Civil Veterinary Department Bihar reports 1940-50 - 1940-1950
Year: 1940
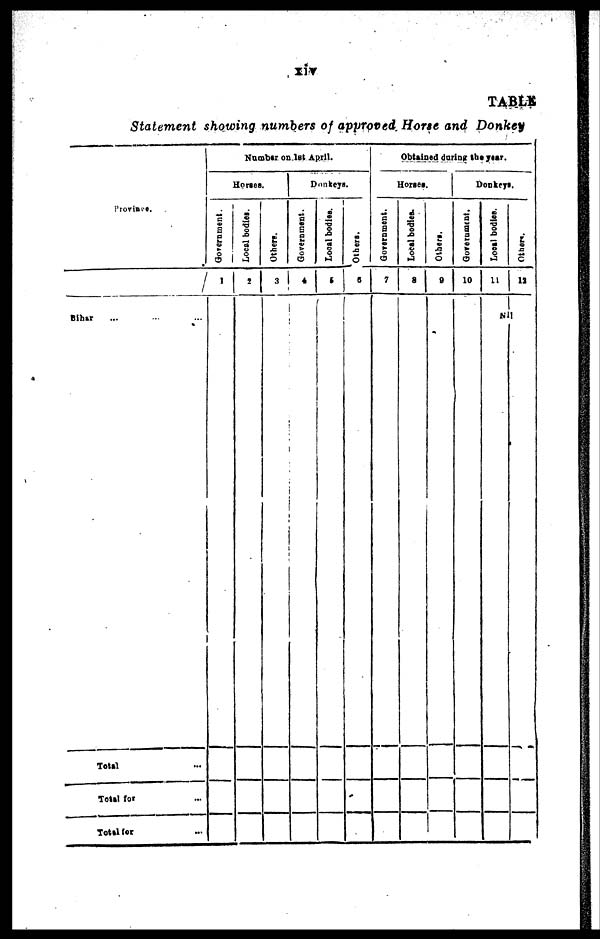
Xiv
TABLE
Statement showing numbers of approved Horse and Donkey
Province.
Bihar ... ... ...
Total
Total for ...
Total for ...
Number on 1st April.
Horses.
Government.
1
Local bodies.
2
Others.
3
Donkeys.
Government.
4
Local bodies.
5
Others.
6
Obtained during the year.
Horses.
Government.
7
Local bodies.
8
Others.
0
Donkeys.
Government.
10
Local bodies.
11
Others.
12
Nil